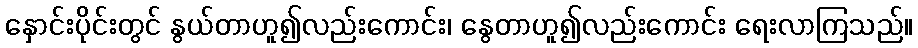
နှောင်းပိုင်းတွင် နွယ်တာဟူ၍လည်းကောင်း၊ နွေတာဟူ၍လည်းကောင်း ရေးလာကြသည်။